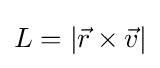
L=|{\vec {r}}\times {\vec {v}}|